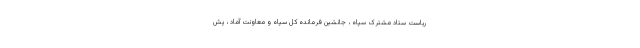
ریاست ستاد مشترک سپاه ، جانشین فرمانده کل سپاه و معاونت آماد ، پش